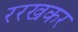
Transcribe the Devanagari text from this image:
ररखकर